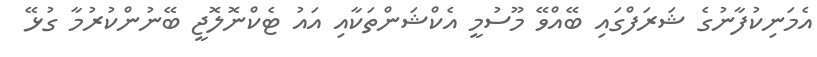
އެމަނިކުފާނުގެ ޝަރަފްގައި ބޭއްވޭ މޫސުމީ އެކްޝަންތަކާއި އައު ޓެކްނޮލޮޖީ ބޭނުންކުރުމާ ގުޅޭ